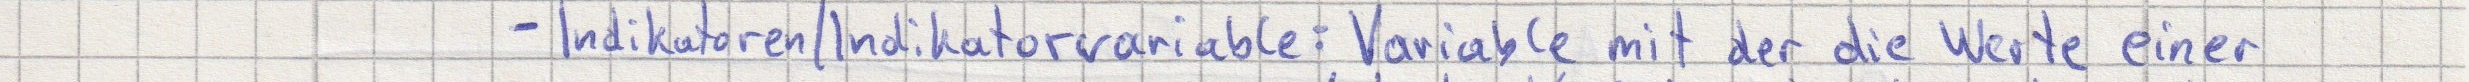
- Indikatoren/Indikatorvariable: Variable mit der die Werte einer